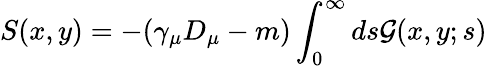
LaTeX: S(x,y)=-(\gamma_{\mu}D_{\mu}-m)\int_{0}^{\infty}ds{\cal G}(x,y;s)